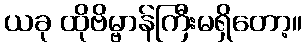
ယခု ထိုဗိမ္ဗာန်ကြီးမရှိတော့။